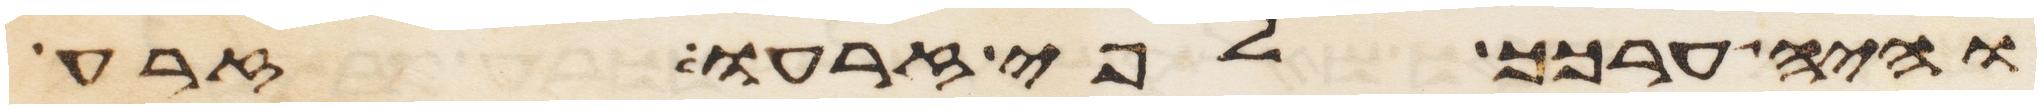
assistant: והיה ערכך לפי זרעו זרע